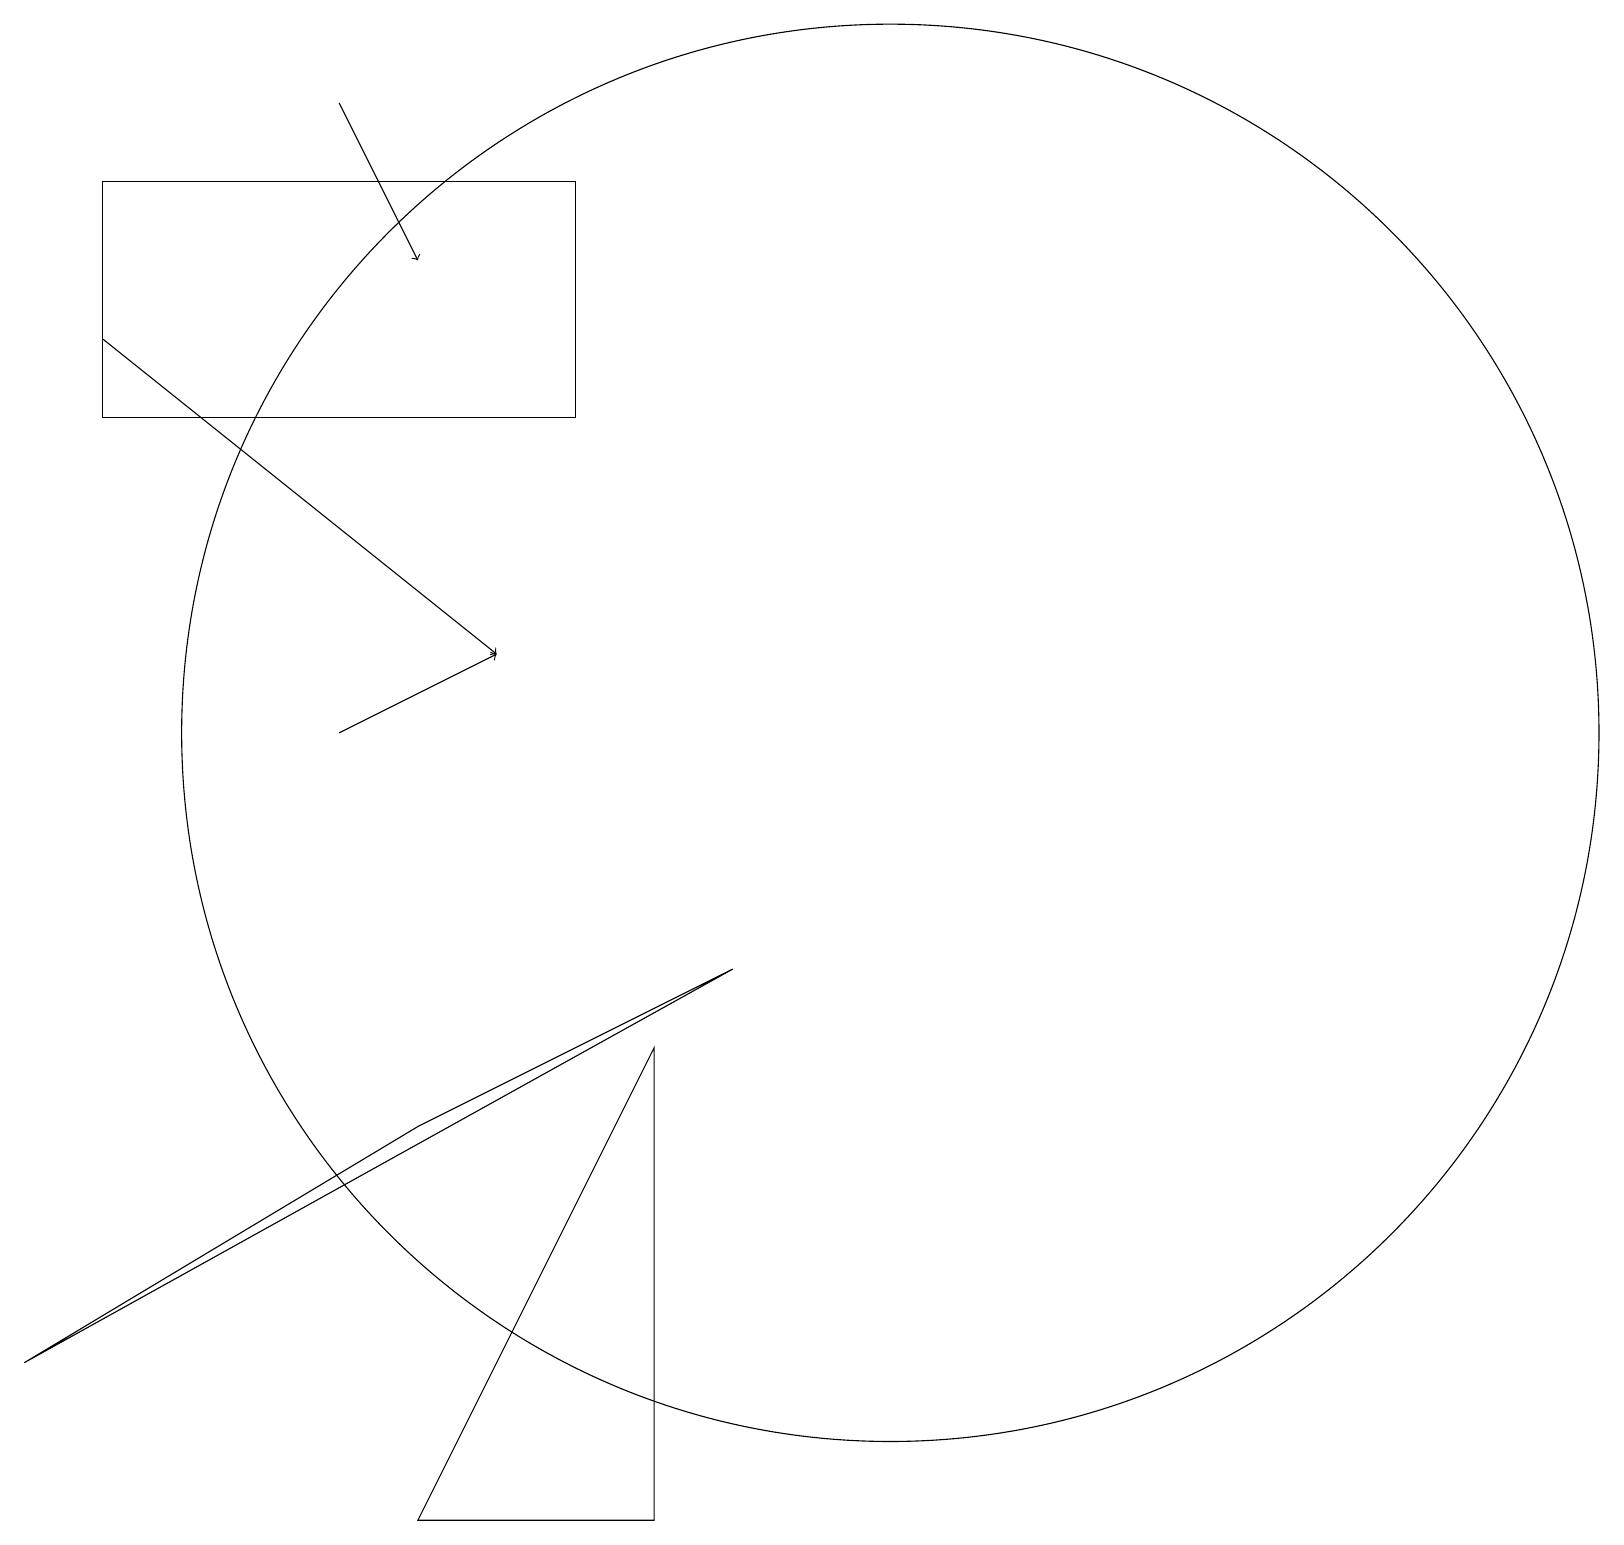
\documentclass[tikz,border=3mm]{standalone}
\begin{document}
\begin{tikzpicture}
\draw (7,15) rectangle (1,18);
\draw[->] (4,11) -- (6,12);
\draw[->] (1,16) -- (6,12);
\draw (8,7) -- (8,1) -- (5,1) -- cycle;
\draw[->] (4,19) -- (5,17);
\draw (5,6) -- (9,8) -- (0,3) -- cycle;
\draw (11,11) circle (9);
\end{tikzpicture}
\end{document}